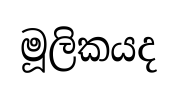
මූලිකයද